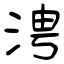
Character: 涄